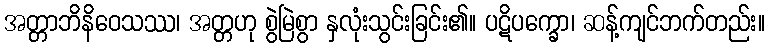
အတ္တာဘိနိဝေသဿ၊ အတ္တဟု စွဲမြဲစွာ နှလုံးသွင်းခြင်း၏။ ပဋိပက္ခော၊ ဆန့်ကျင်ဘက်တည်း။